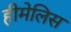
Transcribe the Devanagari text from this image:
हीमेलिस